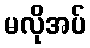
မလိုအပ်